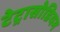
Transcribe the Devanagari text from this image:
टेट्रासोडियम